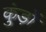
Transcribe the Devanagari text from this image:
कुंड़ों